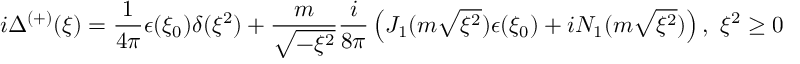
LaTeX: i \Delta ^ { \left( + \right) } ( \xi ) = \frac { 1 } { 4 \pi } \epsilon ( \xi _ { 0 } ) \delta ( \xi ^ { 2 } ) + \frac { m } { \sqrt { - \xi ^ { 2 } } } \frac { i } { 8 \pi } \left( J _ { 1 } ( m \sqrt { \xi ^ { 2 } } ) \epsilon ( \xi _ { 0 } ) + i N _ { 1 } ( m \sqrt { \xi ^ { 2 } } ) \right) , \, \, \xi ^ { 2 } \geq 0